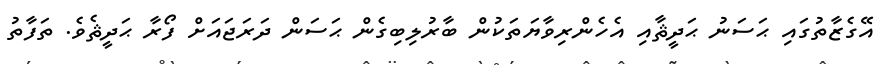
އޭގެޒާތުގައި ޙަސަނު ޙަދީޘާއި އެހެންރިވާޔަތަކުން ބާރުލިބިގެން ޙަސަން ދަރަޖައަށް ފޯރާ ޙަދީޘެވެ. ތަފާތު